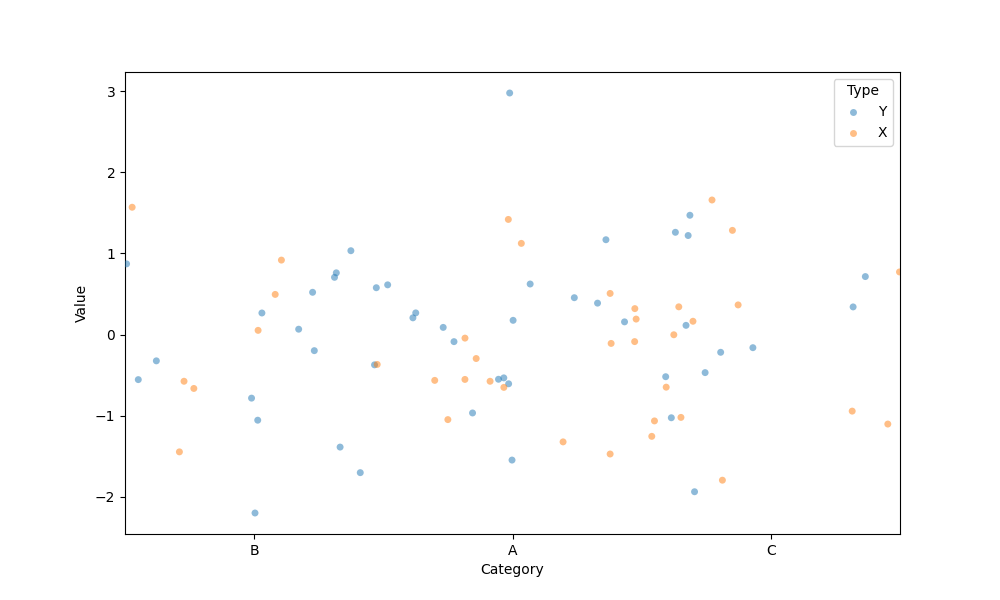
python, seaborn, stripplot, jitter=True, dodge=False, alpha=0.5, size=5